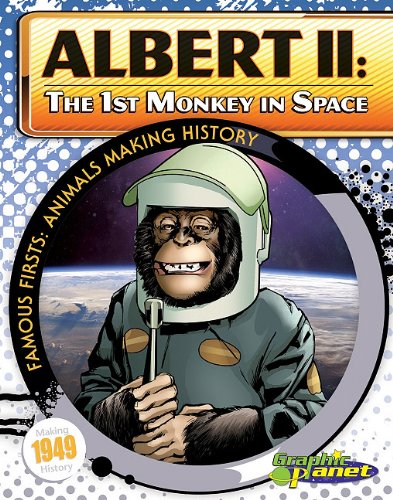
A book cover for Albert II: The 1st Monkey in Space (Famous Firsts: Animals Making History (Graphic Planet)); Joeming Dunn; Children's Books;